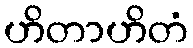
ဟိတာဟိတံ